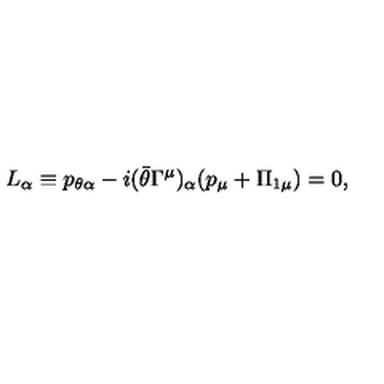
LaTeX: L _ { \alpha } \equiv p _ { \theta \alpha } - i ( \bar { \theta } \Gamma ^ { \mu } ) _ { \alpha } ( p _ { \mu } + \Pi _ { 1 \mu } ) = 0 ,